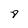
Character: 8